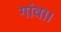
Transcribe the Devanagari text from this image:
गांव।।